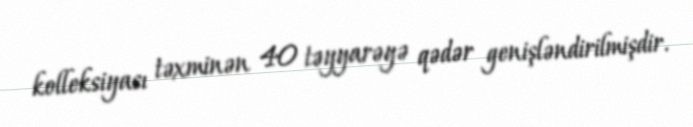
kolleksiyası təxminən 40 təyyarəyə qədər genişləndirilmişdir.